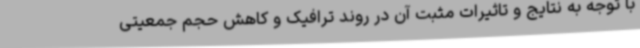
با توجه به نتایج و تاثیرات مثبت آن در روند ترافیک و کاهش حجم جمعیتی